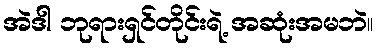
အဲဒါ ဘုရားရှင်တိုင်းရဲ့ အဆုံးအမဘဲ။